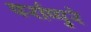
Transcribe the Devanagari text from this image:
पर्राप्पुरे